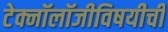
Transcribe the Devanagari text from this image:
टेक्नॉलॉजीविषयीची